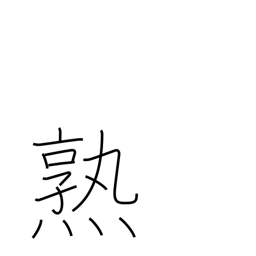
Meaning: acquire skill